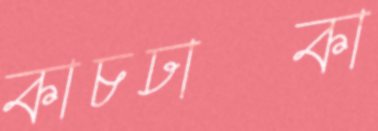
কাচঢাকা